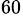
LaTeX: ^{60}